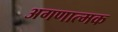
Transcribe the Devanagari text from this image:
अगणात्मक